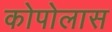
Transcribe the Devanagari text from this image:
कोपोलास